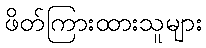
ဖိတ်ကြားထားသူများ